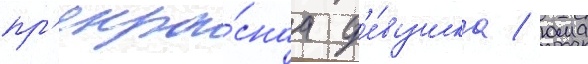
пр'екра́снаа д'е́вушка / юма